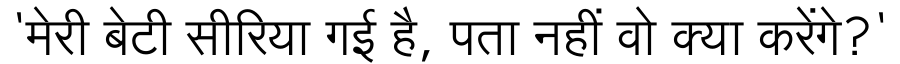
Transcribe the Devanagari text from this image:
'मेरी बेटी सीरिया गई है, पता नहीं वो क्या करेंगे?'